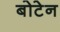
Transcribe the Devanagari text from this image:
बोटेन